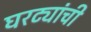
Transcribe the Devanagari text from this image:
घरट्यांची